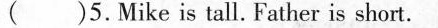
( )5.Mike is tall. Father is short.